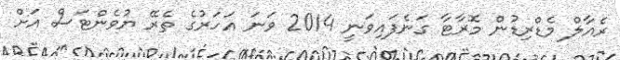
ރެއާލް މެޑްރިޑުން މޮރާޓާ ގަނެފައިވަނީ 2014 ވަނަ އަހަރުގެ ތެރޭ ޔުވެންޓަސް އަށް